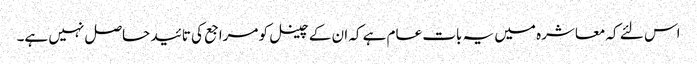
اس لئے کہ معاشرہ میں یہ بات عام ہے کہ ان کے چینل کو مراجع کی تائید حاصل نہیں ہے۔